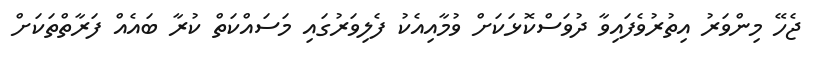
ޖެހޭ މިންވަރު އިތުރުވެފައިވާ ދުވަސްކޮޅަކަށް ވުމާއިއެކު ފެލިވަރުގައި މަސައްކަތް ކުރާ ބައެއް ފަރާތްތަކަށް